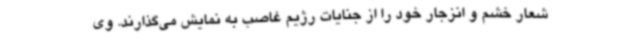
شعار خشم و انزجار خود را از جنایات رژیم غاصب به نمایش می‌گذارند. وی